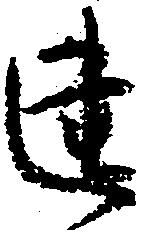
建